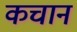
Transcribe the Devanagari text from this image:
कचान